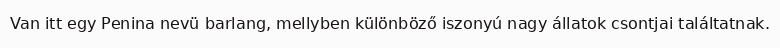
Van itt egy Penina nevü barlang, mellyben különböző iszonyú nagy állatok csontjai találtatnak.